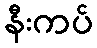
နီးကပ်